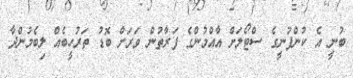
ބުނީ އެ ކުންފުނީގެ ސްޓޯލަށް އާއްމުންގެ ފަރާތުން ވަރަށް ބޮޑު ތަރުހީބެއް ލިބެމުންދާ